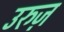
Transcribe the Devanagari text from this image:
उरुज़